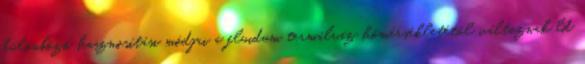
különböző hasznosítási módjai a fluidum termálvíz hőmérsékletétől változnak ld